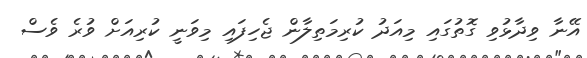
އޭނާ ވިދާޅުވި ގޮތުގައި މިއަދު ކުރިމަތިލާން ޖެހިފައި މިވަނީ ކުރިއަށް ވުރެ ވެސް